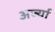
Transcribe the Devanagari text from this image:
अर्ज्या